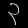
Digit: ၃